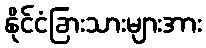
နိုင်ငံခြားသားများအား